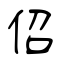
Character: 佋